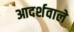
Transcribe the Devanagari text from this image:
आदर्शवाले